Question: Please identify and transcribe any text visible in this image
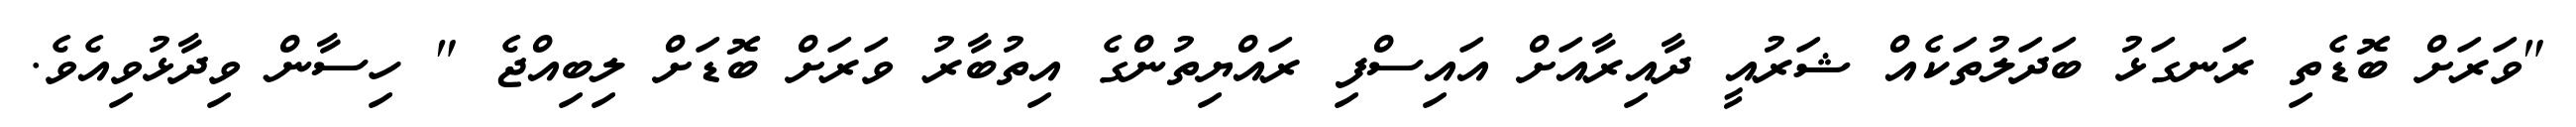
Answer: "ވަރަށް ބޮޑެތި ރަނގަޅު ބަދަލުތަކެއް ޝަރުއީ ދާއިރާއަށް އައިސްފި ރައްޔިތުންގެ އިތުބާރު ވަރަށް ބޮޑަށް ލިބިއްޖެ " ހިސާން ވިދާޅުވިއެވެ.